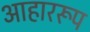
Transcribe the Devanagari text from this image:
आहाररूप